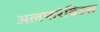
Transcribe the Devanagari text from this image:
अलफरेबिउस